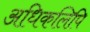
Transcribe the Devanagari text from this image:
अधिकलिपि